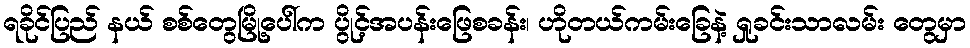
ရခိုင်ပြည် နယ် စစ်တွေမြို့ပေါ်က ပွိုင့်အပန်းဖြေစခန်း၊ ဟိုတယ်ကမ်းခြေနဲ့ ရှုခင်းသာလမ်း တွေမှာ